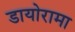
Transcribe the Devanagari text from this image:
डायोरामा